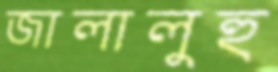
জালালুহু